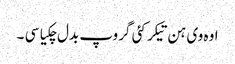
اوہ وی ہن تیکر کئی گروپ بدل چکیا سی ۔